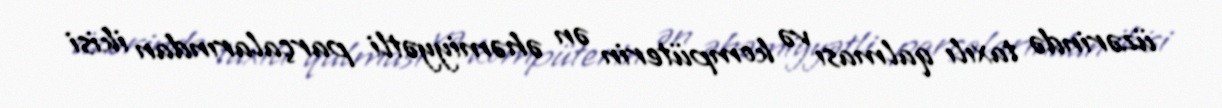
üzərində taxılı qalması və kompüterin ən əhəmiyyətli parçalarından ikisi